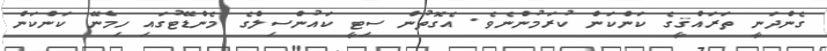
ގެންދަނީ ތަރައްޤީގެ ކަންކަން ކުރަމުންނެވެ. އެގޮތުން ސިޓީ ކައުންސިލްގެ މެންޑޭޓުގައި ހިމެނޭ ކަންކަން